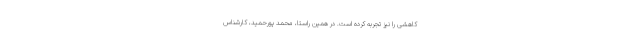
کاهشی را نیز تجربه کرده است. در همین راستا، محمد پورحمید، کارشناس